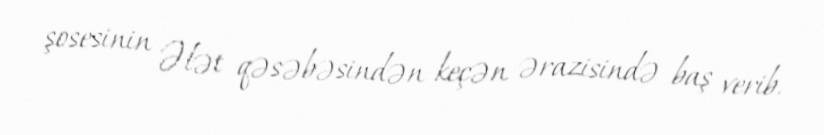
şosesinin Ələt qəsəbəsindən keçən ərazisində baş verib.